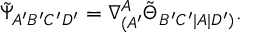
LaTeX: \tilde { \Psi } _ { A ^ { \prime } B ^ { \prime } C ^ { \prime } D ^ { \prime } } = \nabla _ { ( A ^ { \prime } } ^ { A } \tilde { \Theta } _ { B ^ { \prime } C ^ { \prime } | A | D ^ { \prime } ) } .